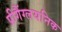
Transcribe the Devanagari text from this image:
प्रीगैंग्लयनिक